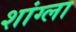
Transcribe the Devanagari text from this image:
शांग्ला